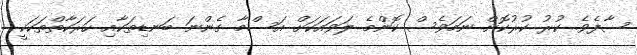
ސާފެވެ. ކުރު ކުރުކޮށް ނަމަވެސް ކޮންމެ ލަވައަކަށް އަސްމާ ގެންނަ ބަނޑިތަކާއި ހަރަކާތްތަކަކީ